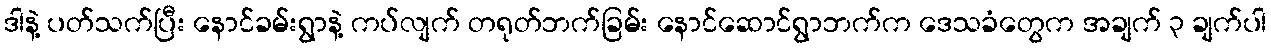
ဒါနဲ့ ပတ်သက်ပြီး နောင်ခမ်းရွာနဲ့ ကပ်လျက် တရုတ်ဘက်ခြမ်း နောင်ဆောင်ရွာဘက်က ဒေသခံတွေက အချက် ၃ ချက်ပါ